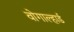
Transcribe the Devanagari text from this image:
वोगाल्हार्ड